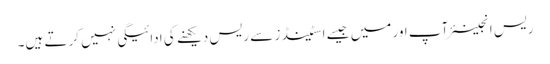
ریس انجینئر آپ اور میں جیسے اسٹینڈز سے ریس دیکھنے کی ادائیگی نہیں کرتے ہیں۔